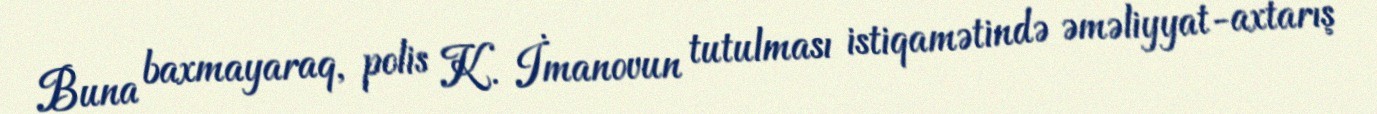
Buna baxmayaraq, polis K. İmanovun tutulması istiqamətində əməliyyat-axtarış